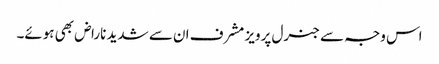
اس وجہ سے جنرل پرویز مشرف ان سے شدید ناراض بھی ہوئے۔